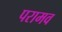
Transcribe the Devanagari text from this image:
परामव